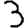
Digit: 3